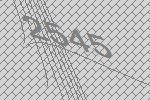
2545